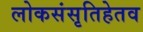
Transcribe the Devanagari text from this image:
लोकसंसृतिहेतव